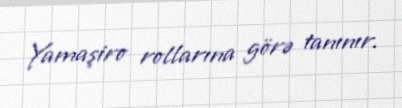
Yamaşiro rollarına görə tanınır.